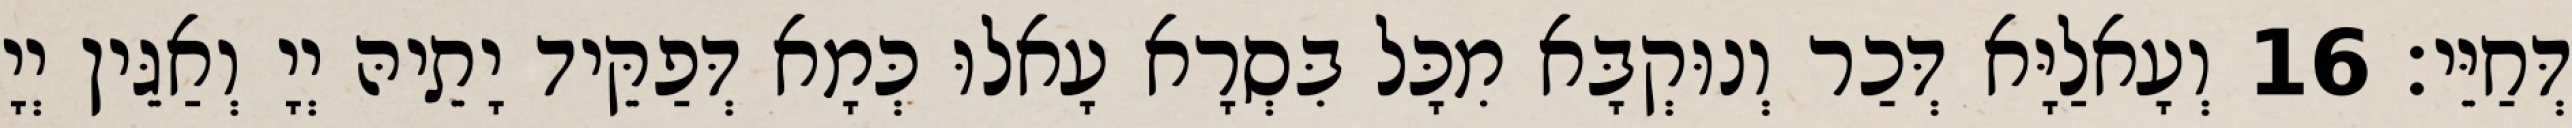
דְּחַיֵּי׃ 16 וְעָאלַיָּא דְּכַר וְנוּקְבָּא מִכָּל בִּסְרָא עָאלוּ כְּמָא דְּפַקֵּיד יָתֵיהּ יְיָ וְאַגֵּין יְיָ